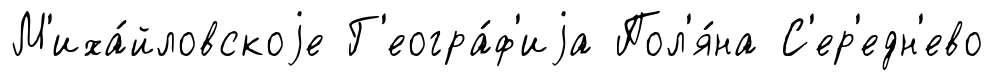
М'иха́йловскоjе Г'еогра́ф'иjа Пол'я́на С'ер'едн'ево